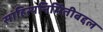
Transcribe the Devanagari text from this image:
साहित्यनिर्मितीबद्दल